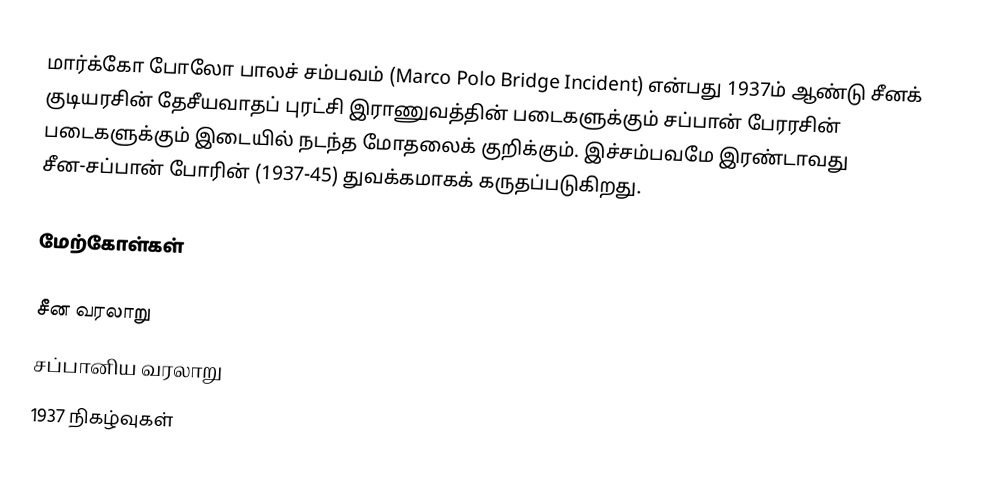
மார்க்கோ போலோ பாலச் சம்பவம் (Marco Polo Bridge Incident) என்பது 1937ம் ஆண்டு சீனக் குடியரசின் தேசீயவாதப் புரட்சி இராணுவத்தின் படைகளுக்கும் சப்பான் பேரரசின் படைகளுக்கும் இடையில் நடந்த மோதலைக் குறிக்கும். இச்சம்பவமே இரண்டாவது சீன-சப்பான் போரின் (1937-45) துவக்கமாகக் கருதப்படுகிறது.

மேற்கோள்கள்

சீன வரலாறு
சப்பானிய வரலாறு
1937 நிகழ்வுகள்